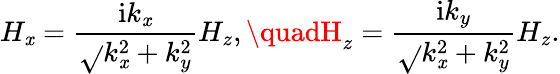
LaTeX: H_{\mathit{x}}=\frac{{\mathrm{{i}}k_{\mathit{x}}}}{{\sqrt{}{{k_{\mathit{x}}^{2}+k_{y}^{2}}}}}H_{z},\quadH_{z}=\frac{{\mathrm{{i}}k_{y}}}{{\sqrt{}{{k_{\mathit{x}}^{2}+k_{y}^{2}}}}}H_{z}.